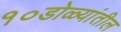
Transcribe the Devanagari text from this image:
१०डोळ्यांतील